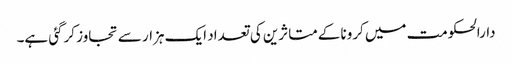
دارالحکومت میں کرونا کےمتاثرین کی تعداد ایک ہزار سے تجاوز کرگئی ہے۔